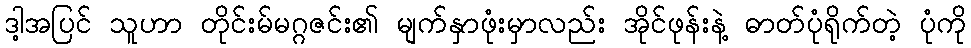
ဒါ့အပြင် သူဟာ တိုင်းမ်မဂ္ဂဇင်း၏ မျက်နှာဖုံးမှာလည်း အိုင်ဖုန်းနဲ့ ဓာတ်ပုံရိုက်တဲ့ ပုံကို